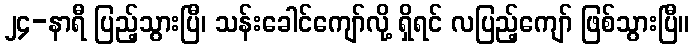
၂၄-နာရီ ပြည့်သွားပြီ၊ သန်းခေါင်ကျော်လို့ ရှိရင် လပြည့်ကျော် ဖြစ်သွားပြီ။